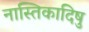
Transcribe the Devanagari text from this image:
नास्तिकादिषु